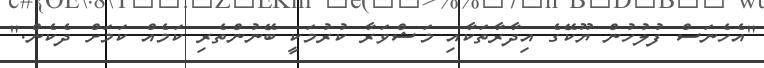
"އެހެނަސް ފުލުހުން ޔޫކޭގެ އިދާރާތަކާއި މަޝްވަރާ ކުރުމަކީ ބޭނުންތެރި ކަމެއް ކަމަށް ދެކެން."